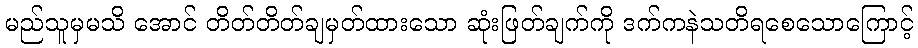
မည်သူမှမသိ အောင် တိတ်တိတ်ချမှတ်ထားသော ဆုံးဖြတ်ချက်ကို ဒက်ကနဲသတိရစေသောကြောင့်